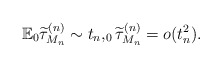
\begin{align*} \mathbb{E}_0\widetilde{\tau}^{(n)}_{M_n}\sim t_n,_0\widetilde{\tau}^{(n)}_{M_n}=o(t_n^2).\end{align*}